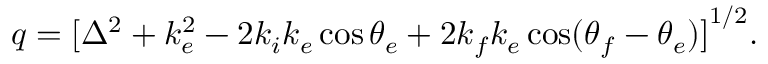
q = { [ \Delta ^ { 2 } + k _ { e } ^ { 2 } - 2 k _ { i } k _ { e } \cos \theta _ { e } + 2 k _ { f } k _ { e } \cos ( \theta _ { f } - \theta _ { e } ) ] } ^ { 1 / 2 } .